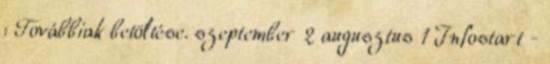
: Továbbiak betöltése. szeptember 2 augusztus 1 Infostart -